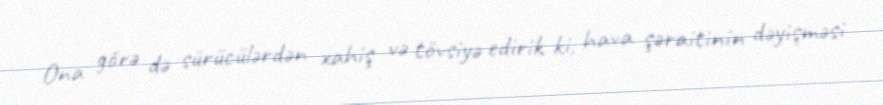
Ona görə də sürücülərdən xahiş və tövsiyə edirik ki, hava şəraitinin dəyişməsi